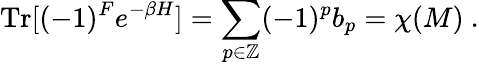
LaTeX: {\textrm{Tr}}[(-1)^{F}e^{-\beta H}]=\sum_{p\in\mathbb{Z}}(-1)^{p}b_{p}=\chi(M)\ .